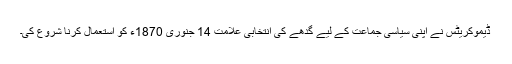
ڈیموکریٹس نے اپنی سیاسی جماعت کے لیے گدھے کی انتخابی علامت 14 جنوری 1870ء کو استعمال کرنا شروع کی۔